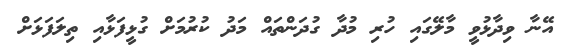
އޭނާ ވިދާޅުވީ މާލޭގައި ހުރި މުދާ ގުދަންތައް މަދު ކުރުމަށް ގުޅީފަޅާއި ތިލަފަޅަށް